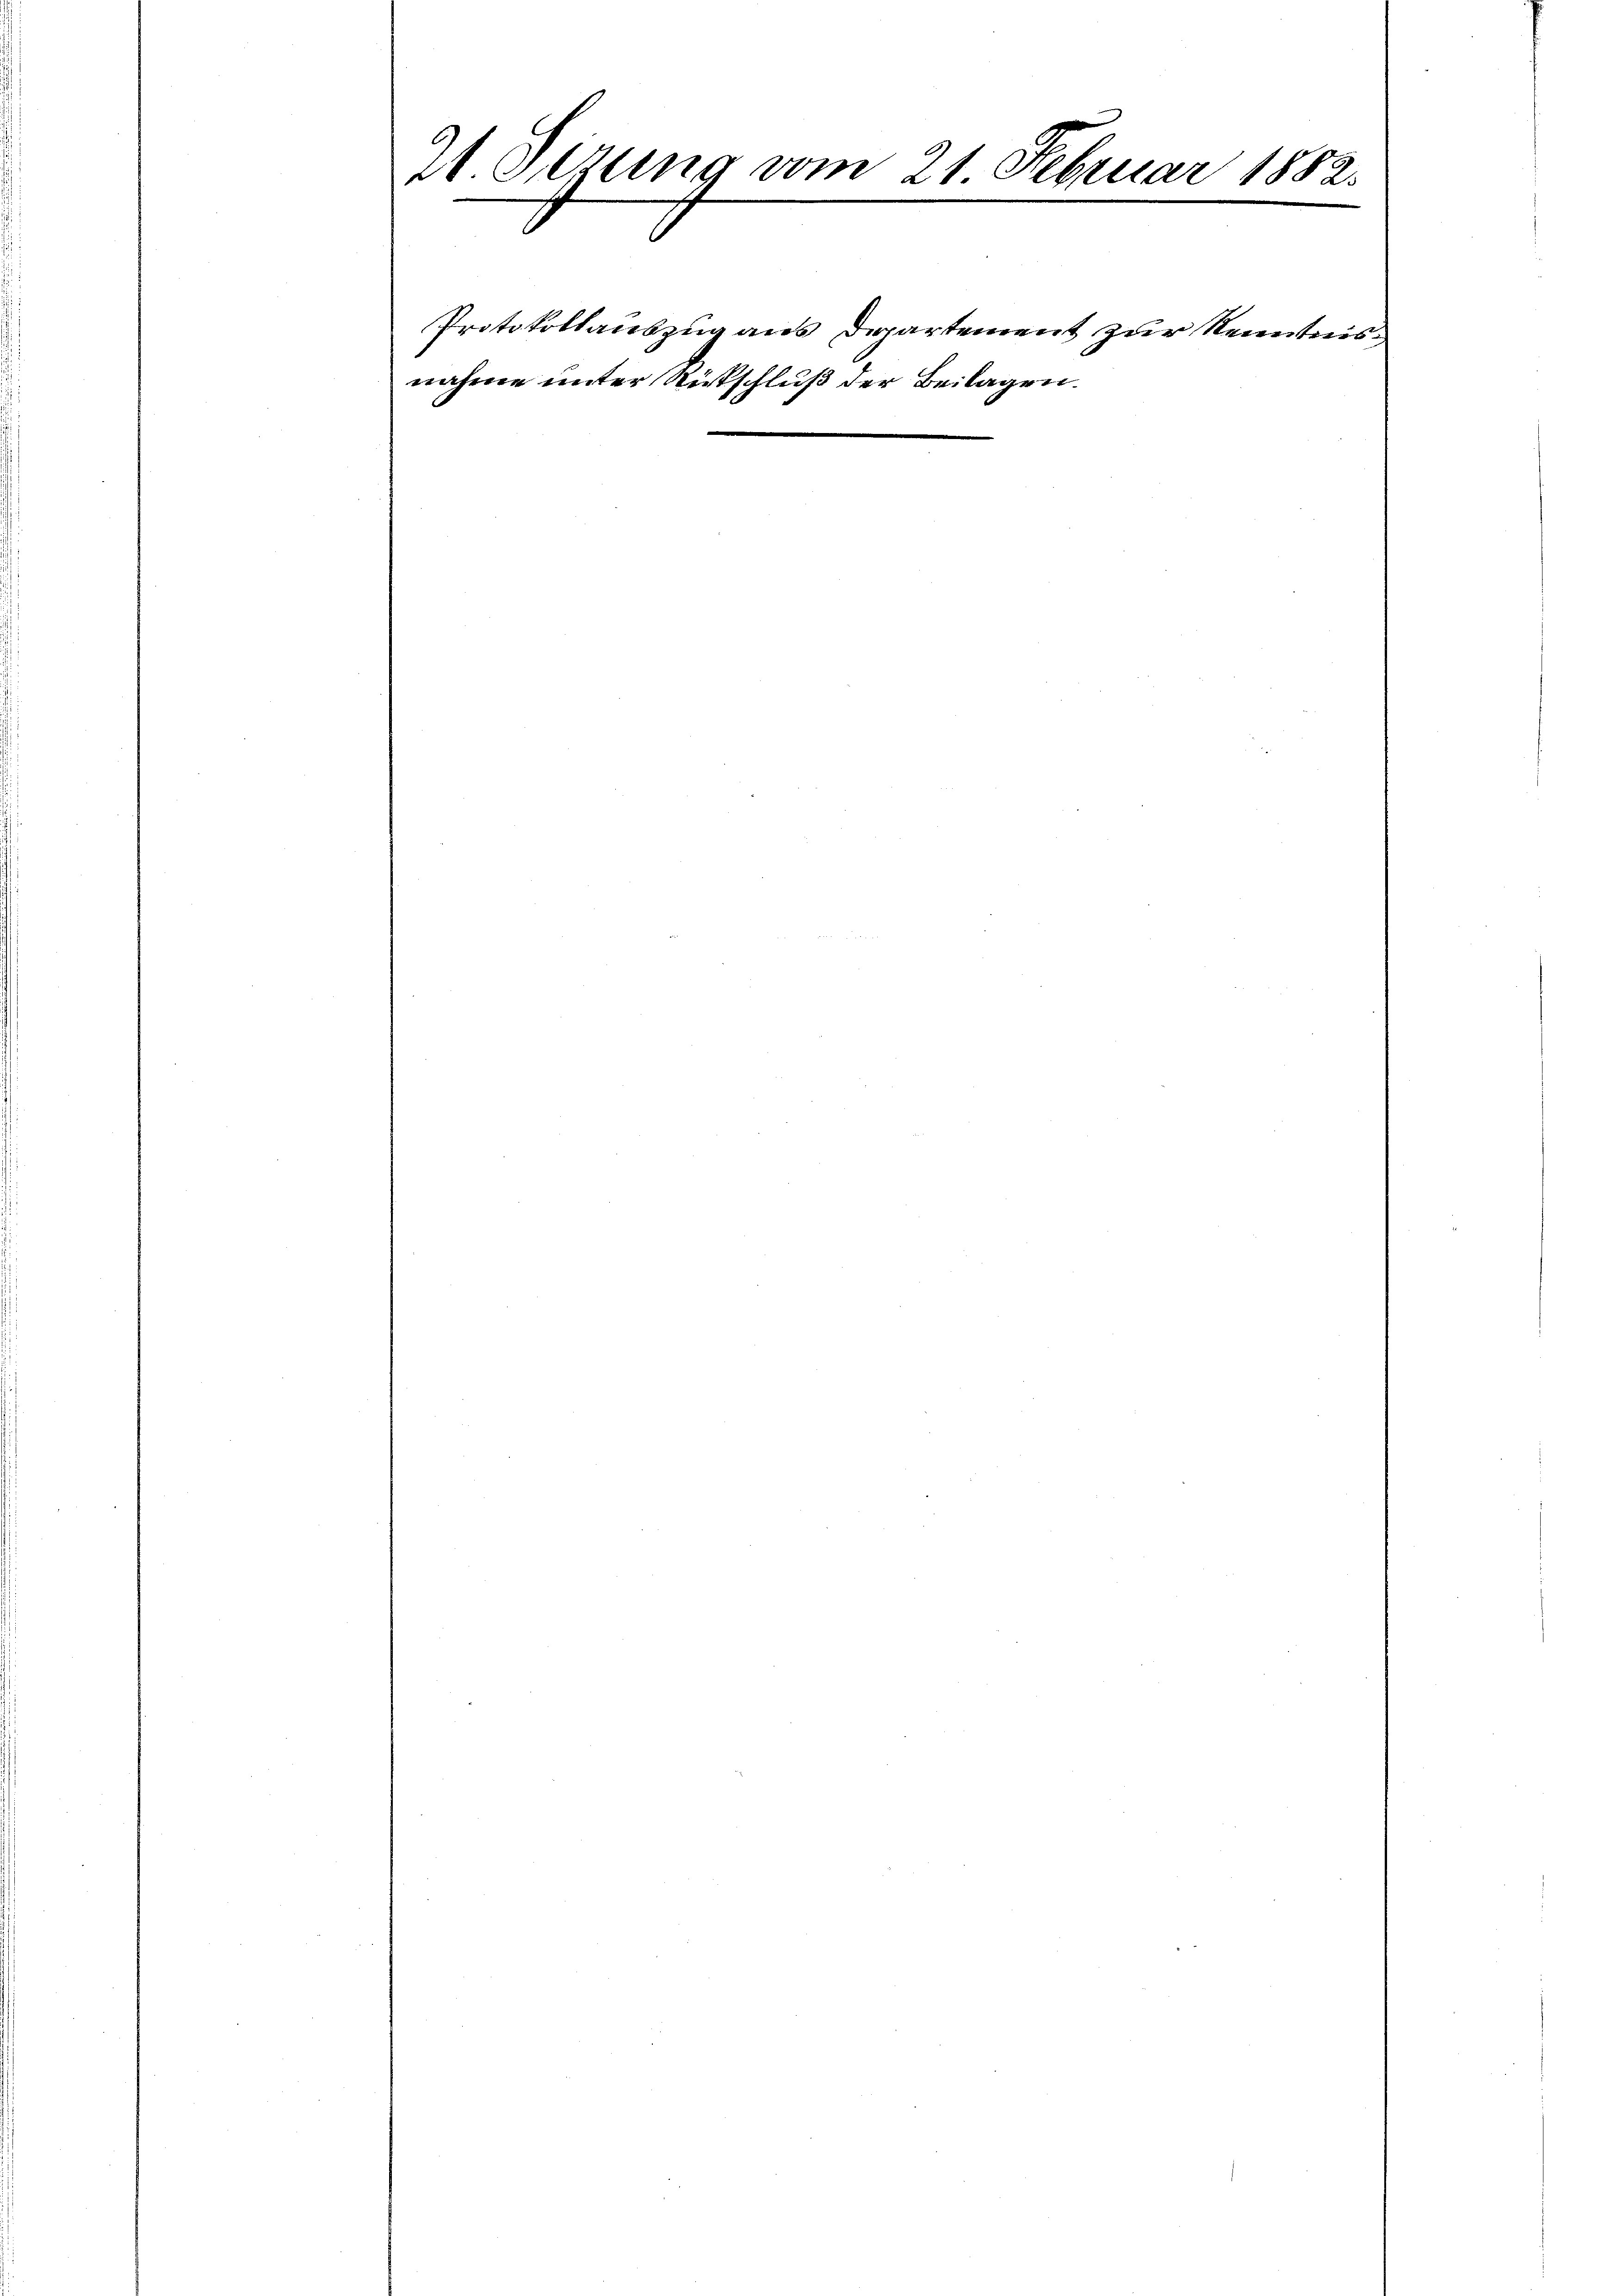
M. Sizung vom 21. Februar 1882.
.

Protokollauszug aus Departement zur Kenntnisnahme unter Ritschluß der Beilagen.